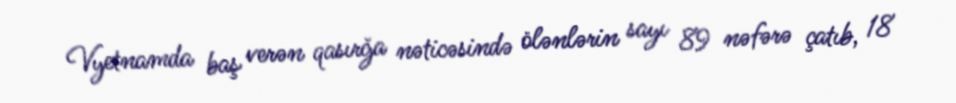
Vyetnamda baş verən qasırğa nəticəsində ölənlərin sayı 89 nəfərə çatıb, 18